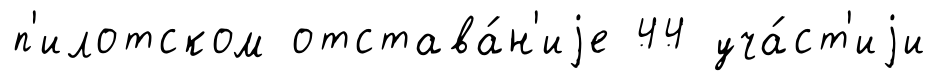
п'илотском отстава́н'иjе 44 уча́ст'иjи